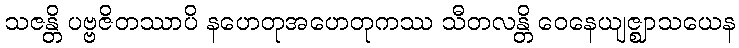
သဇန္တိ ပဗ္ဗဇိတဿာပိ နဟေတုအဟေတုကဿ သီတလန္တိ ဝေနေယျဇ္ဈာသယေန